Vaccination in the Punjab 1919-1929 - 1919-1929
Year: 1919
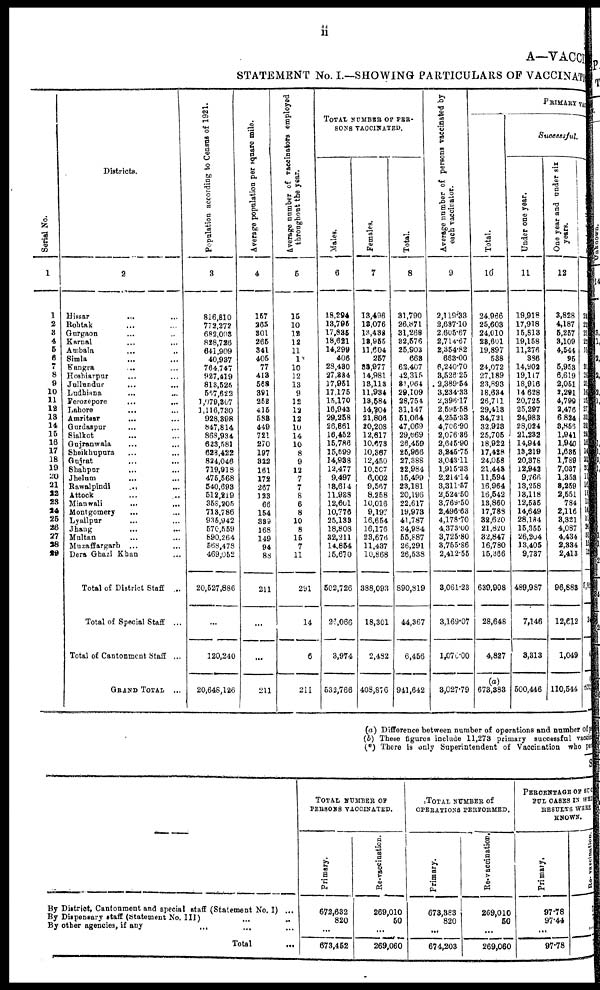
ii
A—VACCI
STATEMENT No. I.—SHOWING PARTICULARS OF VACCINATI
Serial No.
1
1
2
3
4
5
6
7
8
9
10
11
12
13
14
15
16
17
18
19
20
21
22
23
24
25
26
27
28
29
Districts.
2
Hiasar
... ...
Rohtak ... ...
Gurgaon ... ...
Karnal ... ...
Ambala ... ...
Simla ... ...
Kangra ... ...
Hoshiarpur ... ...
Jullundur ... ...
Ludhiana ... ...
Ferozepore ... ...
Lahore ... ...
Amritaar
... ...
Gurdaspur ... ...
Sialkot ... ...
Gujranwala ... ...
Sheikhupura ... ...
Gujrat ... ...
Shahpur ... ...
Jhelum... ...
Rawalpindi
... ...
Attock ... ...
Mianwali
...
...
Montgomery ... ...
Lyallpur ... ...
Jhang ... ...
Multan ... ...
Muzaffargarh... ...
Dera Ghazi Khan ...
Total of District Staff...
Total of Special Staff...
Total of Cantonment Staff...
GRAND TOTAL...
Population according to Census of 1921.
3
816,810
773,272
682,003
828,726
641,909
40,937
764,747
927,419
813,525
567,622
1,079,307
1,116,730
928,398
847,814
868,934
628,581
628,422
824,046
719,918
475,568
540,693
512,219
358,205
713,786
935,942
570,559
890,264
568,478
469,052
20,527,886
...
120,240
20,648,126
Average population per square mile.
4
157
265
301
265
341
405
77
413
563
391
252
415
583
449
721
270
197
322
161
172
267
123
66
154
389
168
149
94
88
211
...
...
211
Average number of vaccinators employed
throughout the year.
5
15
10
12
12
11
1
10
12
13
9
12
12
12
10
14
10
8
9
12
7
7
8
6
8
10
8
15
7
11
291
14
6
211
TOTAL NUMBER OF PER¬
SONS VACCINATED.
Males.
6
18,294
13,795
17,835
18,621
14,299
406
28,430
27,334
17,951
17,175
15,170
16,943
29,258
26,861
16,452
15,786
15,599
14,938
12,477
9,497
13,614
11,938
12,601
10,776
25,133
18,808
32,211
14,854
15,670
502,726
25,066
3,974
532,766
Females.
7
13,496
13,076
13,438
13,955
11,604
257
33,977
14,981
13,113
11,934
13,584
14,204
21,806
20,208
12,617
10,673
10,367
12,450
10,507
6,002
9,567
8,258
10,016
9,197
16,654
16,176
28,676
11,437
10,868
388,093
18,301
2,432
408,876
Total.
8
31,790
26,871
31,268
82,576
25,903
663
62,407
42,315
31 ,064
29,109
28,754
31,147
51,064
47,069
29,069
26,459
25,966
27,388
22,984
15,499
23,181
20,196
22,617
19,973
41,787
34,984
55,887
26,291
26,538
890,819
44,367
6,456
941,642
Average number of persons vaccinated by
each vaccinator.
9
2,119.33
2,687.10
2,605.67
2,714.67
2,354.82
663.00
6,240.70
3,526.25
2,389.54
3,234.33
2,396.17
2,595.58
4,255.33
|4,706.90
2,076.36
2,645.90
3,245.75
3,043.11
1,915.33
2,214.14
3,311.57
2,524.50
3,769.50
2,496.63
4,178.70
4,373.00
3,725.80
3,755.86
2,412.55
3,061.23
3,169.07
1,078.00
3,027.79
Total.
10
24,966
25,603
24,010
28,601
19,897
538
24,072
27,189
23,893
18,634
26,711
29,413
34,721
32,928
25,705
18,922
17,428
24,058
21,445
11,594
16,964
16,542
13,860
17,783
32,620
21,820
32,847
16,780
15,366
639,908
28,648
4,827
(a)
673,383
PRIMARY VAC
Successful.
Under one year.
11
19,918
17,918
15,813
19,158
11,276
336
14,902
19,117
18,916
14,628
20,725
25,297
24,983
28,024
21,232
14,944
13,219
20,378
12,942
9,766
13,258
13,118
12,535
14,649
28,184
15,355
26,204
13,405
9,737
489,987
7,146
3,313
500,446
One year and under six
years.
12
3,828
4,187
5,257
3,109
4,544
95
5,953
6,619
2,051
2,291
4,799
2,476
6,824
3,865
1,941
1,940
1,635
1,789
7,037
1,353
3,259
2,551
784
2,116
3,321
4,087
4,434
2,334
2,413
96,883
12,612
1,049
110,544
24
22
21
21
15
21
26
21
16
25
27
32
38
28
16
14
27
20
11
16
15
13
16
31
20
31
15
12
5,92
24
822
(a) Difference between number of operations and number of y
(b) These figures include 11,273 primary successful vaccin
(*) There is only Superintendent of Vaccination who pen
S
By District, Cantonment and special staff (Statement No. I) ...
By Dispensary staff (Statement No. III) ... ...
By other agencies, if any
... ...
Total ...
TOTAL NUMBER OF
PERSONS VACCINATED.
Primary.
672,632
820
...
673,452
Re-vaccinaticn.
269,010
50
...
269,060
TOTAL NUMBER OF
OPERATIONS PERFORMED.
Primary.
673,383
820
...
674,203
Re-vaccination.
269,010
50
...
269,060
PERCENTAGE OF SUC¬
FUL CASES IN WHI
RESULTS WERE
KNOWN.
Primary.
97.78
97.44
...
97.78
Re-vaccination.